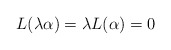
\begin{align*}L(\lambda\alpha)=\lambda L(\alpha)=0\end{align*}